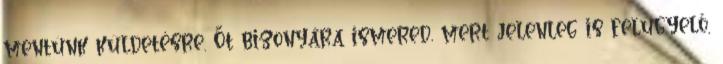
mentünk küldetésre. Őt bizonyára ismered, mert jelenleg is felügyelő,